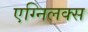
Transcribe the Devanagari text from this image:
एग्निलक्स